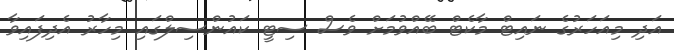
އަދި މިއަހަރުގެ ނައިޓް މާކެޓް ބޭއްވުމަށް ވެސް ސިޓީ ކައުންސިލްގައި މިހާރު އެދިފައިވާ